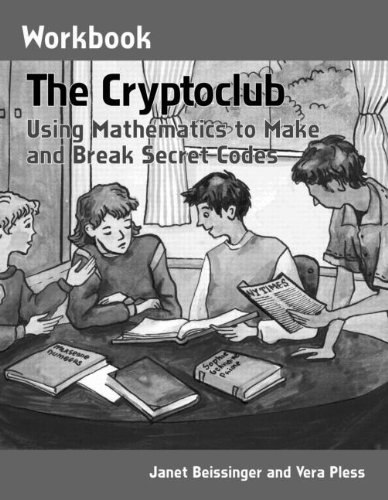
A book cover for The Cryptoclub Workbook: Using Mathematics to Make and Break Secret Codes; Janet Beissinger; Science & Math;